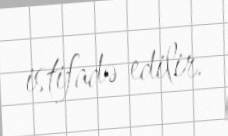
istifadə edilir.